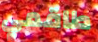
طاقمي